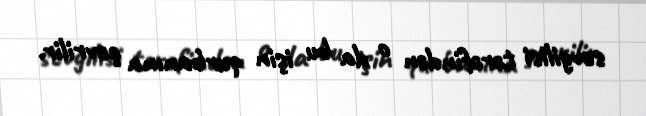
sevgilisi tərəfindən o da bu işin qurbanına çevrilir.